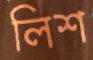
লিশ